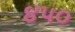
૪૫૦